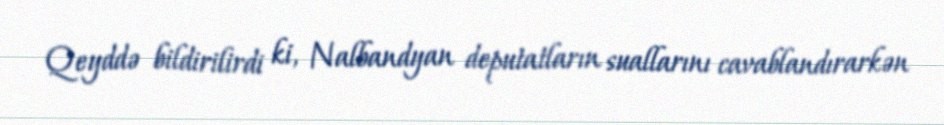
Qeyddə bildirilirdi ki, Nalbandyan deputatların suallarını cavablandırarkən